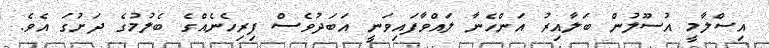
އިސްލާމީ އުސޫލުން ބަލާއިރު އަންހެނާ ލައްވާފައިވަނީ އަބަދުވެސް ފިރިހެނެއްގެ ބެލުމުގެ ދަށުގަ އެވެ.